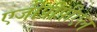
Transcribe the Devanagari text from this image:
एजीपीपीएल